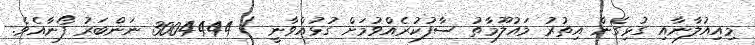
މިއިއުލާނާއި ގުޅިގެން އިތުރު މައުލޫމާތު ސާފުކުރެއްވުމަށް ގުޅުއްވާނީ / 3004444 ނަންބަރު ފޯނާއެވެ.